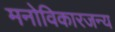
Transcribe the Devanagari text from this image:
मनोविकारजन्य